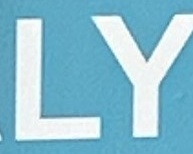
LY